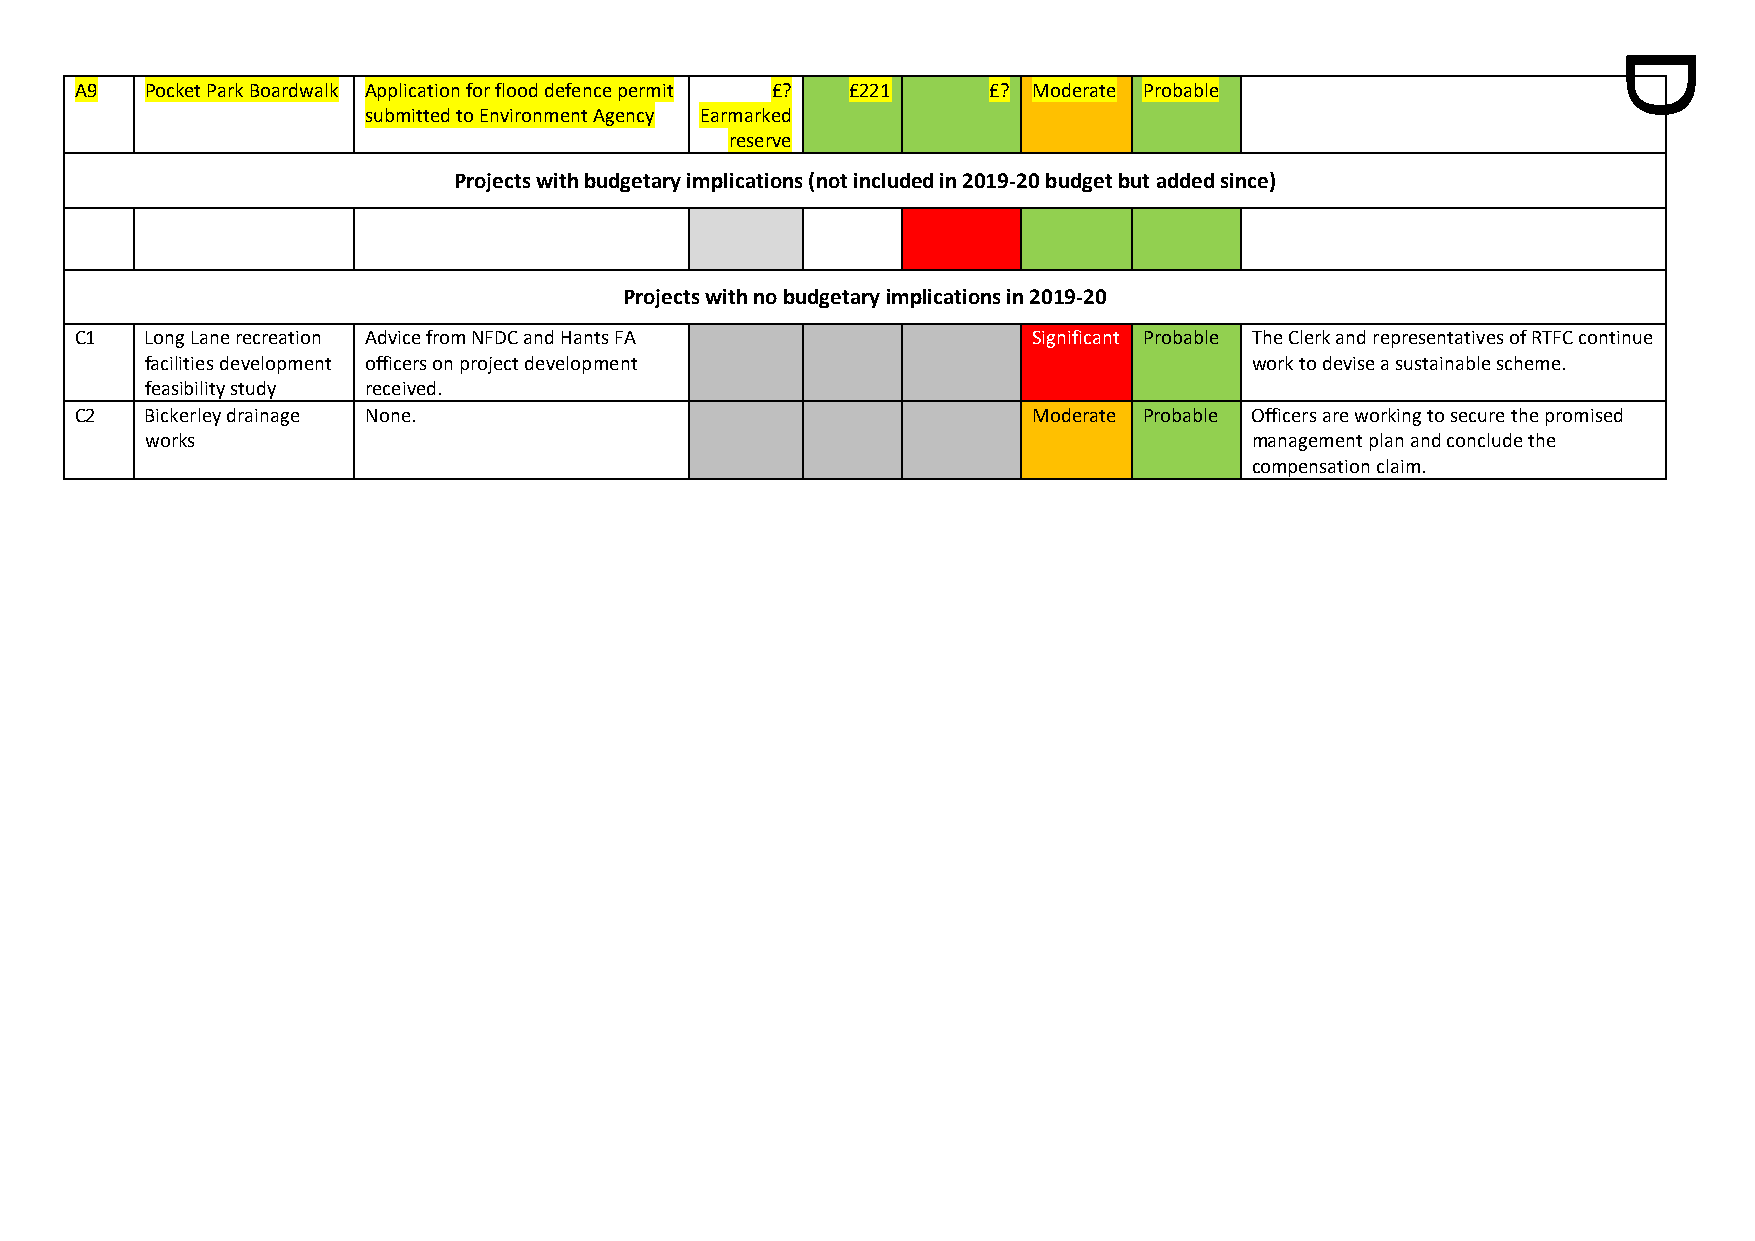
A9   Pocket Park Boardwalk Application for flood defence permit £? £221 £? Moderate Probable
 submitted to Environment Agency Earmarked
 reserve
 Projects with budgetary implications (not included in 2019-20 budget but added since)
 Projects with no budgetary implications in 2019-20
 C1   Long Lane recreation Advice from NFDC and Hants FA        Significant Probable The Clerk and representatives of RTFC continue
 facilities development officers on project development                   work to devise a sustainable scheme.
 feasibility study received.
 C2   Bickerley drainage None.                                  Moderate Probable Officers are working to secure the promised
 works                                                                    management plan and conclude the
 compensation claim.